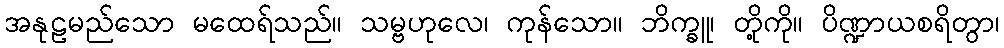
အနုဠမည်သော မထေရ်သည်။ သမ္ဗဟုလေ၊ ကုန်သော။ ဘိက္ခူ၊ တို့ကို။ ပိဏ္ဍာယစရိတွာ၊